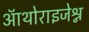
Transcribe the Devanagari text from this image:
ऑथोराइजेश्न